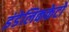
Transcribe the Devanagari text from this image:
इंडेलिककेटो